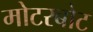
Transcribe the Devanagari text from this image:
मोटरबोट